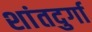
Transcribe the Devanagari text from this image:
शांतदुर्गा